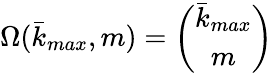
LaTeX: \Omega(\bar{k}_{max},m)=\binom{\bar{k}_{max}}{m}